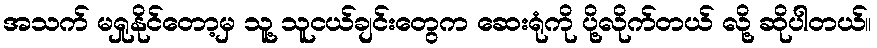
အသက် မရှုနိုင်တော့မှ သူ့ သူငယ်ချင်းတွေက ဆေးရုံကို ပို့လိုက်တယ် လို့ ဆိုပါတယ်။